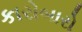
કારોબારો